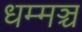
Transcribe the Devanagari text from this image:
धम्मञ्च